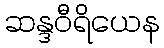
ဆန္ဒဝီရိယေန